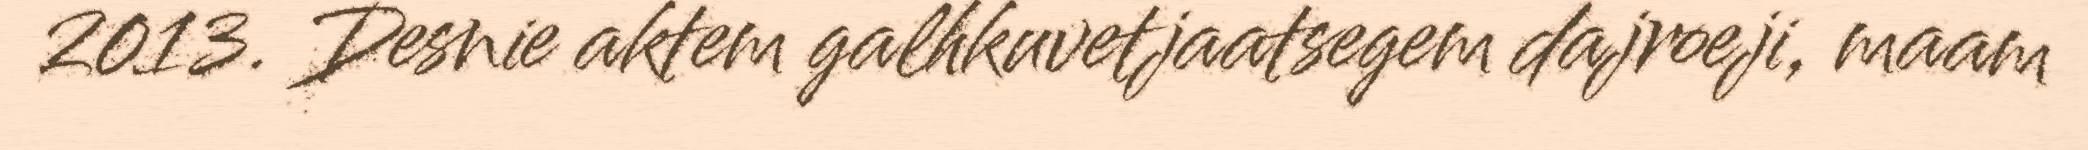
2013. Desnie aktem galhkuvetjaatsegem dajroeji, maam